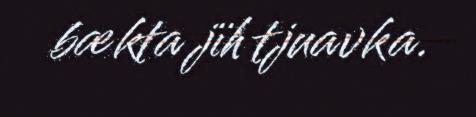
bækta jïh tjuavka.